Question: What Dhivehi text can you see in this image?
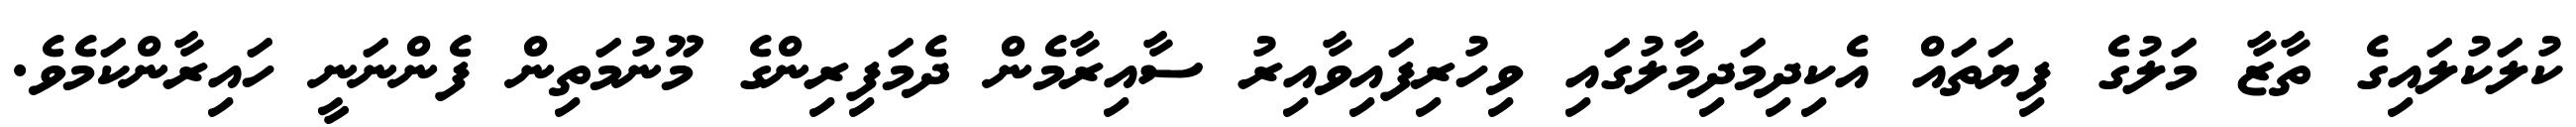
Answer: ކުލަކުލައިގެ ތާޒާ މަލުގެ ފިޔަތައް އެކިދިމަދިމާލުގައި ވިހުރިފައިވާއިރު ސާއިރާމެން ދެމަފިރިންގެ މޫނުމަތިން ފެންނަނީ ހައިރާންކަމެވެ.